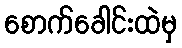
စောက်ခေါင်းထဲမှ